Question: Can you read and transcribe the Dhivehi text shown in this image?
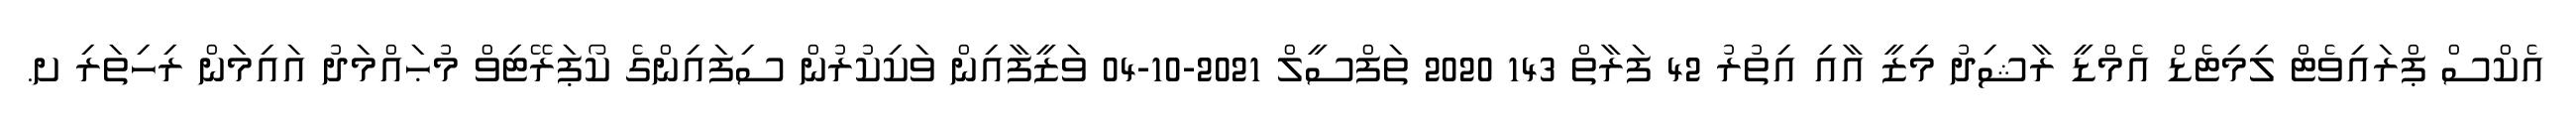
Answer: އެކްސް ޕްރައިވެޓް ލިމިޓެޑް އެމްޑީ ރާޝިދު މިޒީ އާއި އިތުރު 42 ފަރާތް 143 2020 ތަފްސީލް 2021-10-04 ވަޒީފާއިން ވަކިކުރުން ސިފައިންގެ ކޯޕަރޭޓިވް މުޙައްމަދު އައިމަން ރިހިތަރި ށ.